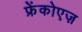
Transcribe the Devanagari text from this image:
फ्रेंकोएज़